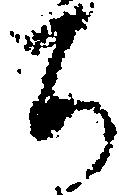
ち